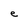
Character: e